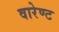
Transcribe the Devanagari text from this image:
वारेण्ट